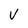
Character: V